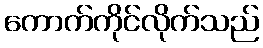
ကောက်ကိုင်လိုက်သည်